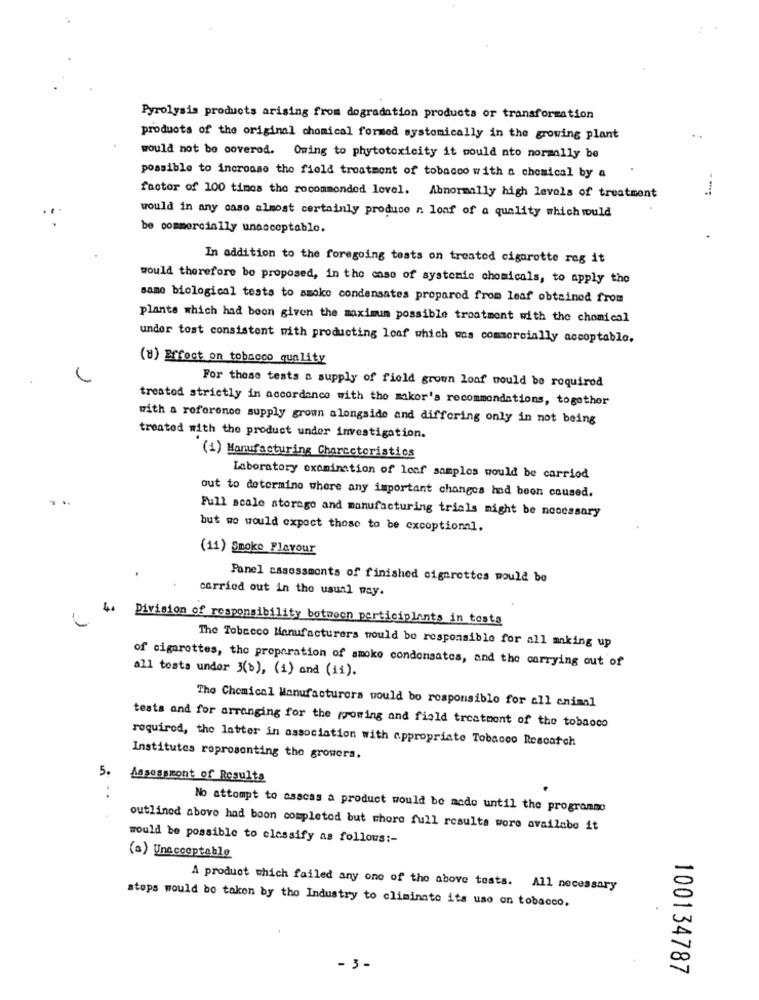
Pyrolysis products arising from dogradation products or transformation
products of the original chemical formed systemically in the growing plant
would not be covered. Owing to phytotoxicity it would nto normally be
possible to increase the field treatment of tobacco with a chemical by a
factor of 100 times the rocommonded level. Abnormally high levels of treatment
would in any case almost certainly produce r. loaf of a quality which would
be commercially unacceptable.
In addition to the foregoing tests on treated cigarotte reg it
would therefore be proposed, in the case of systemie chemicals, to apply the
samo biological tests to smoke condensates proparod from leaf obtained from
plants which had been given the maximum possible treatment with the chemical
under tost consistent with producting loaf which was commercially accoptablo.
(8) Effect on tobacco quality
For these tests a supply of field grown loaf would be required
treatod strictly in accordance with the mikor's recommendations, together
with a reference supply grown alongside and differing only in not being
treated with the product under investigation.
(1) Manufacturing Characteristics
Laboratory examination of leaf samples would be carried
...
out to determine where any important changes had been caused.
Full scale storego and manufacturing trials might be necessary
but we would expect those to be excoptional.
(11) Smoke Flavour
Panel assessments of finished cigarettes would be
carried out in the usual way.
4.
Division of responsibility botwoon perticiplants in tosta
The Tobacco Manufacturers would be responsible for all making up
all tests under 3(b), (1) and (11).
of cigarettes, the preparation of smoke condensates, and the carrying out of
The Chemical Manufacturers would bo responsible for all animal
tests and for arranging for the rooming and field treatment of the tobacco
required, the latter in association with appropriate Tobacco Rescatch
Institutos roprosonting the growers.
5.
Assessmont of Results
No attempt to assess a product would be made until the programme
outlined above had boon completod but whore full results wore availnbe it
would be possible to classify as follows :-
(a) Unacceptable
A product which failed any one of the above tests. All necessary
stops would be taken by the Industry to eliminate its uso on tobacco.
- 3 -
100134787